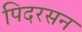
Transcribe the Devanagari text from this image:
पिदरसन